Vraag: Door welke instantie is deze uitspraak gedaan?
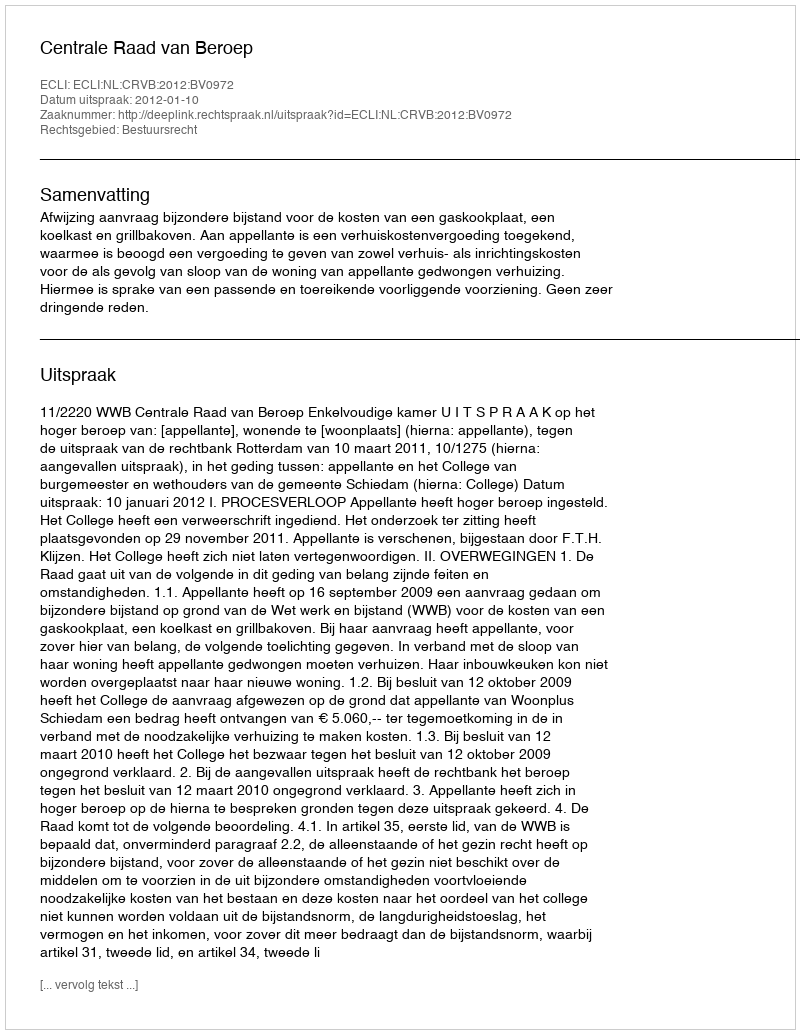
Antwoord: Centrale Raad van Beroep